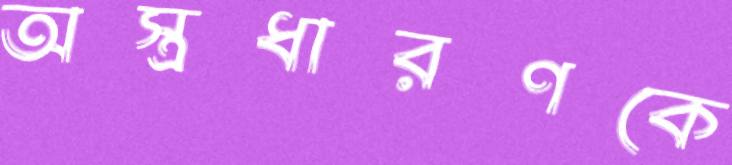
অস্ত্রধারণকে